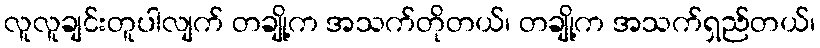
လူလူချင်းတူပါလျက် တချို့က အသက်တိုတယ်၊ တချို့က အသက်ရှည်တယ်၊